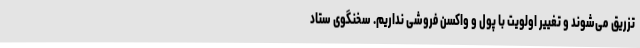
تزریق می‌شوند و تغییر اولویت با پول و واکسن فروشی نداریم. سخنگوی ستاد